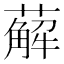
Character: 薢